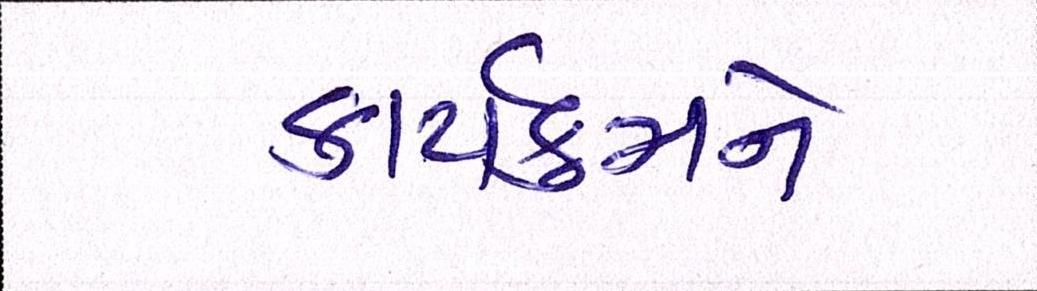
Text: કાર્યક્રમને